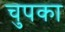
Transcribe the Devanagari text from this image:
चुपका